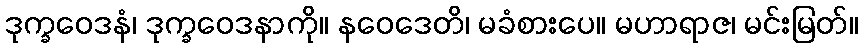
ဒုက္ခဝေဒနံ၊ ဒုက္ခဝေဒနာကို။ နဝေဒေတိ၊ မခံစားပေ။ မဟာရာဇ၊ မင်းမြတ်။